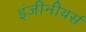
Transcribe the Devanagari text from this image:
इंजीनीयर्स